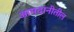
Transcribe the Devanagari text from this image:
आमदानीतील